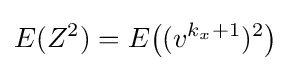
E(Z^{2})=E{\big (}(v^{k_{x}+1})^{2}{\big )}